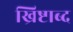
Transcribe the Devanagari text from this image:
ख्रिष्टाब्द